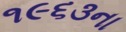
૧૯૬૩ના